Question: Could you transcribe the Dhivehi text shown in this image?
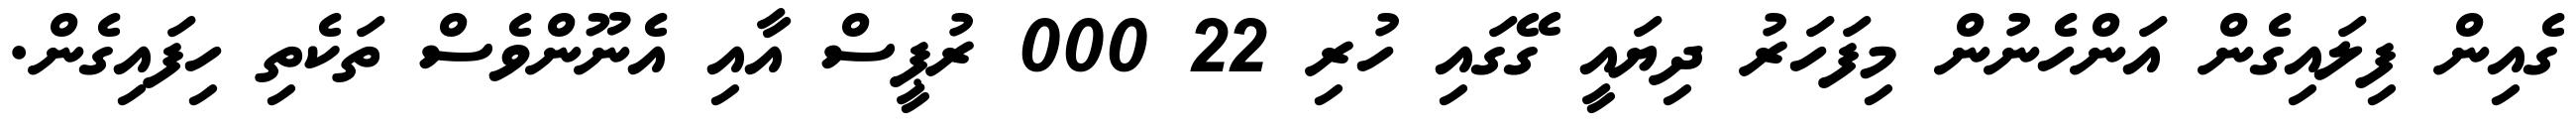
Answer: ގެއިން ފިލައިގެން އަންހެނުން މިފަހަރު ދިޔައީ ގޭގައި ހުރި 22 000 ރުޕީސް އާއި އެނޫންވެސް ތަކެތި ހިފައިގެން.